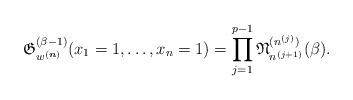
LaTeX: \begin{gather*} \mathfrak{G}_{w^{({\boldsymbol{n}})}}^{(\beta-1)}(x_1=1,\ldots,x_n=1)= \prod_{j=1}^{p-1} \mathfrak{N}_{n^{(j+1)}}^{(n^{(j)})} (\beta). \end{gather*}